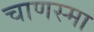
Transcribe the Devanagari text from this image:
चाणस्मा